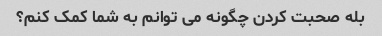
بله صحبت کردن چگونه می توانم به شما کمک کنم؟